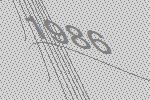
1986